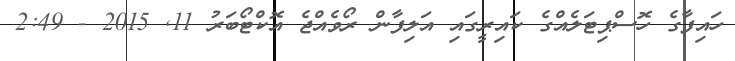
ހައިފާގެ ހޮސްޕިޓަލެއްގެ ކައިރީގައި އަލިފާން ރޯވެއްޖެ އޮކްޓޯބަރު 11